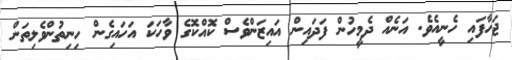
ޖަހާފައި ހެނީއެވެ. އަނެއް ދެމީހުން ފަދައިން އައިޒަންވެސް ކޮއްކޮގެ ވާހަކަ އަހައިގެން ހިނިތުންވެލިތަން